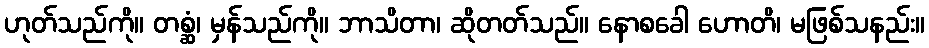
ဟုတ်သည်ကို။ တစ္ဆံ၊ မှန်သည်ကို။ ဘာသိတာ၊ ဆိုတတ်သည်။ နောစခေါ ဟောတိ၊ မဖြစ်သနည်း။